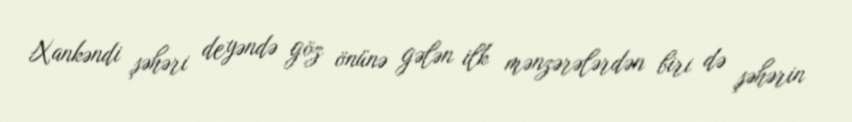
Xankəndi şəhəri deyəndə göz önünə gələn ilk mənzərələrdən biri də şəhərin